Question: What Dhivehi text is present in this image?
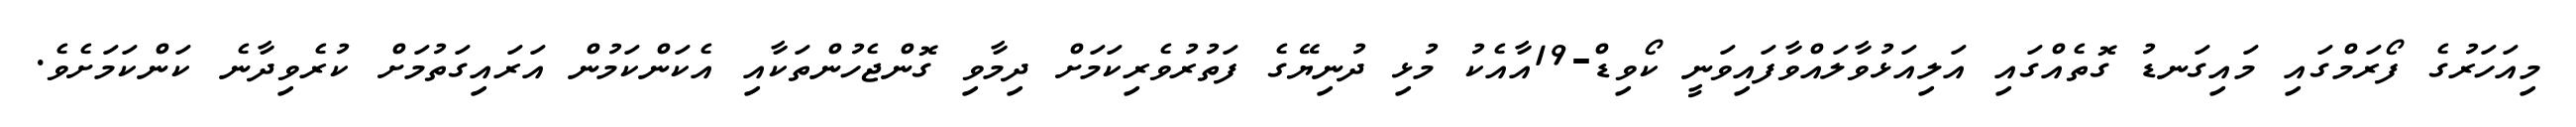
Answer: މިއަހަރުގެ ފޯރަމްގައި މައިގަނޑު ގޮތެއްގައި އަލިއަޅުވާލައްވާފައިވަނީ ކޯވިޑް-19އާއެކު މުޅި ދުނިޔޭގެ ފަތުރުވެރިކަމަށް ދިމާވި ގޮންޖެހުންތަކާއި އެކަންކަމުން އަރައިގަތުމަށް ކުރެވިދާނެ ކަންކަމަށެވެ.